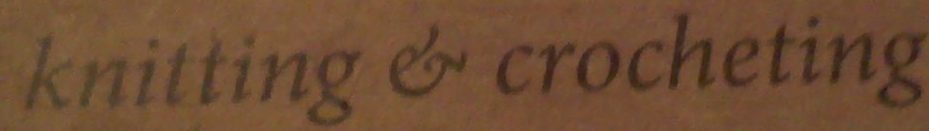
knitting # crocheting